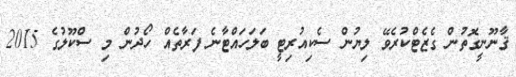
ޤާނޫނީގޮތުން ގެޒެޓްކުރެވޭ ލިޔުން ސެކިއުރިޓީ ބަލަހައްޓާނެ ފަރާތެއް ހޯދުން މި ސްކޫލުގެ 2015